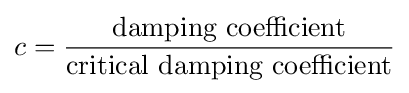
c={\frac {\text{damping coefficient}}{\text{critical damping coefficient}}}